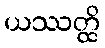
ယဿတ္ထိ